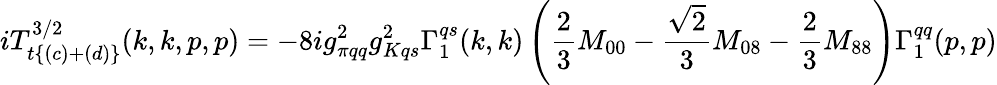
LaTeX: iT_{t\{ (c)+(d)\} }^{3/2}(k,k,p,p)=-8ig_{\pi qq}^{2}g_{Kqs}^{2}\Gamma_{1}^{qs}(k,k)\left(\frac 23M_{00}-\frac{\sqrt 2}3M_{08}-\frac 23M_{88}\right)\Gamma_{1}^{qq}(p,p)